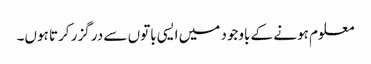
معلوم ہونے کے باوجود میں ایسی باتوں سے در گزر کرتا ہوں۔